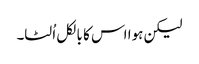
لیکن ہوا اس کا بالکل اُلٹا۔